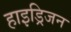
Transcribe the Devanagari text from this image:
हाइड्रिजन